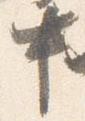
中